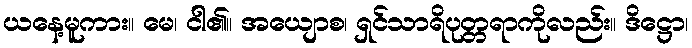
ယနေ့မူကား။ မေ၊ ငါ၏။ အယျောစ၊ ရှင်သာရိပုတ္တရာကိုလည်း။ ဒိဋ္ဌော၊